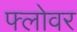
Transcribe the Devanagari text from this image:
फ्लोवर